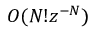
O ( N ! z ^ { - N } )